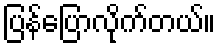
ပြန်ပြောလိုက်တယ်။